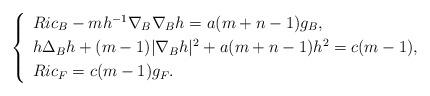
LaTeX: \begin{align*}\left\{\begin{array}[pos]{lll}Ric_{B}-mh^{-1}\nabla_{B}\nabla_{B}h=a(m+n-1)g_{B},\\\noalign{\smallskip}h\Delta_{B}h+(m-1)|\nabla_{B}h|^{2}+a(m+n-1)h^{2}=c(m-1),\\\noalign{\smallskip}Ric_{F}=c(m-1)g_{F}.\end{array}\right.\end{align*}